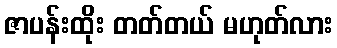
ဇာပန်းထိုး တတ်တယ် မဟုတ်လား